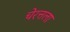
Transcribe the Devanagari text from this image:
चेरत्तला